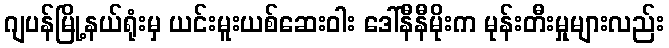
ဂျပန်မြို့နယ်ရုံးမှ ယင်းမူးယစ်ဆေးဝါး ဒေါ်နီနီမိုးက မုန်းတီးမှုများလည်း